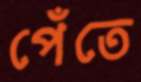
পেঁতে